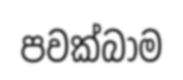
පවක්බාම